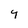
Character: 9